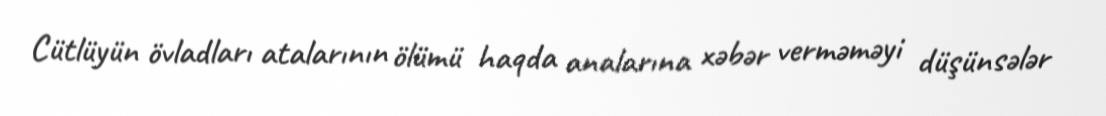
Cütlüyün övladları atalarının ölümü haqda analarına xəbər verməməyi düşünsələr